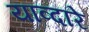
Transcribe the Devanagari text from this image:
याव्दारे